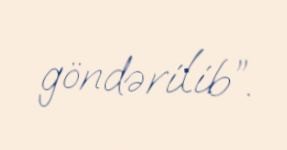
göndərilib”.